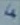
Text: 4